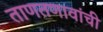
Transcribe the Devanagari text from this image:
ताणतणावांची